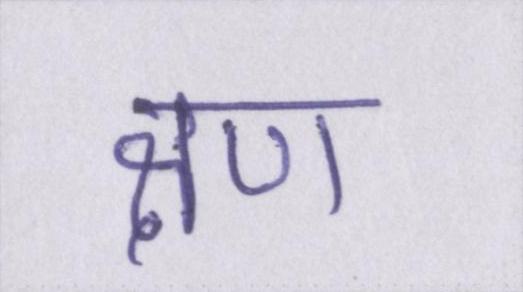
क्षण